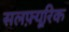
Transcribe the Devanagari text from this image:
सलफ़्यूरिक